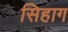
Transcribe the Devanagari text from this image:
सिहाग